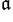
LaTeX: ^\mathfrak{a}